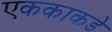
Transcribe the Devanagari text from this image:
एककाकडे